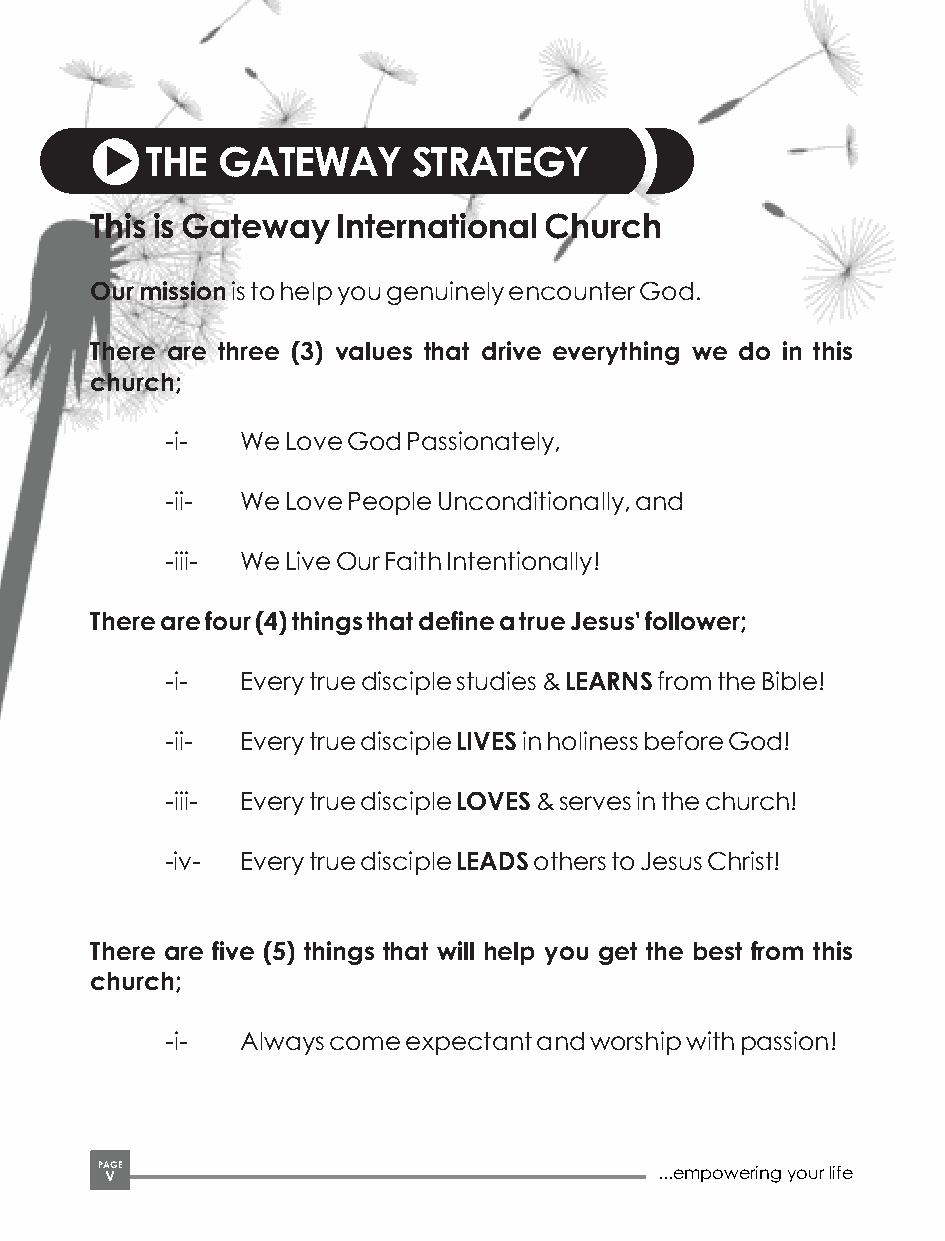
THE GATEWAY      STRATEGY
 This is Gateway International Church
 Our mission is to help you genuinely encounter God.
 There are three (3) values that drive everything we do in this
 church;
 -i-  We Love God Passionately,
 -ii- We Love People Unconditionally, and
 -iii- We Live Our Faith Intentionally!
 There are four (4) things that define a true Jesus' follower;
 -i-  Every true disciple studies & LEARNS from the Bible!
 -ii- Every true disciple LIVES in holiness before God!
 -iii- Every true disciple LOVES & serves in the church!
 -iv- Every true disciple LEADS others to Jesus Christ!
 There are five (5) things that will help you get the best from this
 church;
 -i-  Always come expectant and worship with passion!
 PA VGE                                ...empowering your life